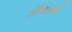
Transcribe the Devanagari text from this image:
ओड्डादी